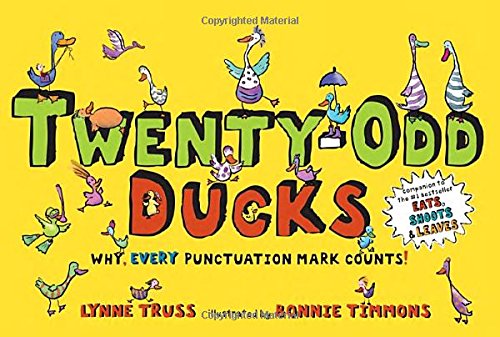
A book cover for Twenty-Odd Ducks: Why, every punctuation mark counts!; Lynne Truss; Children's Books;